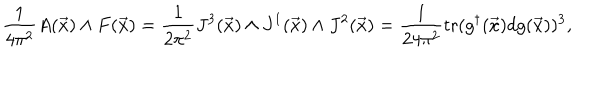
\frac { 1 } { 4 \pi ^ { 2 } } A ( \vec { x } ) \wedge F ( \vec { x } ) = \frac { 1 } { 2 \pi ^ { 2 } } J ^ { 3 } ( \vec { x } ) \wedge J ^ { 1 } ( \vec { x } ) \wedge J ^ { 2 } ( \vec { x } ) = \frac { 1 } { 2 4 \pi ^ { 2 } } \mathrm { t r } ( g ^ { \dagger } ( \vec { x } ) d g ( \vec { x } ) ) ^ { 3 } ,